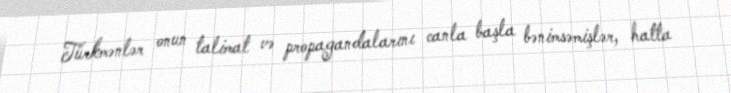
Türkmənlər onun talimat və propagandalarını canla başla bənimsəmişlər, hatta